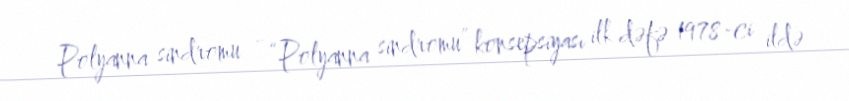
Polyanna sindromu - “Polyanna sindromu” konsepsiyası ilk dəfə 1978-ci ildə